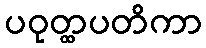
ပဝုတ္ထပတိကာ